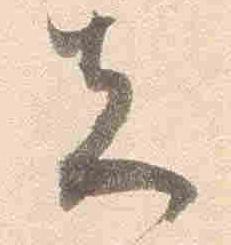
先